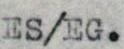
ES/EG.